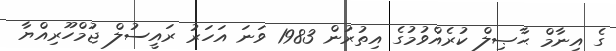
ގެ އިނާމް ޙާޞިލް ކުރެއްވުމުގެ އިތުރުން 1983 ވަނަ އަހަރު ރައީސުލް ޖުމްހޫރިއްޔާ